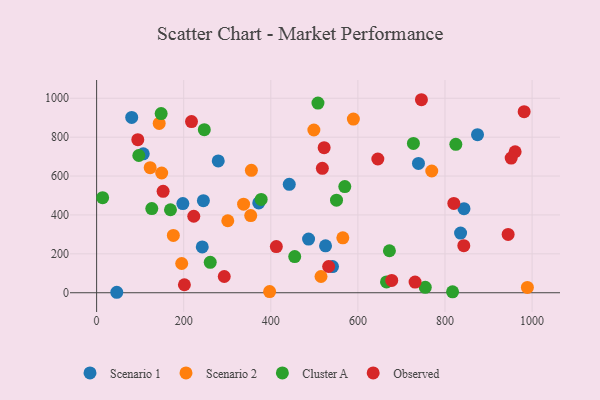
{"axis": {"x": "Engine Size", "y": "Fuel Efficiency"}, "legend": ["Cluster A", "Observed", "Scenario 1", "Scenario 2"], "data": [{"x": "245.2", "y": 473.3, "type": "Scenario 1"}, {"x": "739.1", "y": 664.9, "type": "Scenario 1"}, {"x": "80.6", "y": 901.4, "type": "Scenario 1"}, {"x": "843.6", "y": 432.5, "type": "Scenario 1"}, {"x": "486.7", "y": 275.8, "type": "Scenario 1"}, {"x": "107.1", "y": 714.3, "type": "Scenario 1"}, {"x": "372.3", "y": 461.7, "type": "Scenario 1"}, {"x": "279.3", "y": 677.6, "type": "Scenario 1"}, {"x": "198.0", "y": 458.4, "type": "Scenario 1"}, {"x": "835.8", "y": 306.9, "type": "Scenario 1"}, {"x": "442.4", "y": 557.7, "type": "Scenario 1"}, {"x": "242.6", "y": 235.7, "type": "Scenario 1"}, {"x": "874.7", "y": 812.6, "type": "Scenario 1"}, {"x": "541.7", "y": 134.6, "type": "Scenario 1"}, {"x": "525.7", "y": 241.4, "type": "Scenario 1"}, {"x": "46.3", "y": 2.4, "type": "Scenario 1"}, {"x": "589.6", "y": 893.2, "type": "Scenario 2"}, {"x": "565.4", "y": 282.4, "type": "Scenario 2"}, {"x": "176.2", "y": 294.5, "type": "Scenario 2"}, {"x": "397.3", "y": 5.9, "type": "Scenario 2"}, {"x": "515.3", "y": 83.5, "type": "Scenario 2"}, {"x": "195.4", "y": 150.4, "type": "Scenario 2"}, {"x": "301.2", "y": 370.1, "type": "Scenario 2"}, {"x": "143.7", "y": 870.8, "type": "Scenario 2"}, {"x": "355.4", "y": 629.6, "type": "Scenario 2"}, {"x": "769.6", "y": 625.9, "type": "Scenario 2"}, {"x": "337.5", "y": 455.4, "type": "Scenario 2"}, {"x": "149.4", "y": 615.6, "type": "Scenario 2"}, {"x": "353.9", "y": 396.9, "type": "Scenario 2"}, {"x": "123.0", "y": 643.2, "type": "Scenario 2"}, {"x": "498.9", "y": 836.9, "type": "Scenario 2"}, {"x": "989.2", "y": 27.4, "type": "Scenario 2"}, {"x": "727.5", "y": 767.9, "type": "Cluster A"}, {"x": "169.6", "y": 426.7, "type": "Cluster A"}, {"x": "377.9", "y": 480.0, "type": "Cluster A"}, {"x": "247.3", "y": 838.6, "type": "Cluster A"}, {"x": "824.9", "y": 763.4, "type": "Cluster A"}, {"x": "508.3", "y": 975.3, "type": "Cluster A"}, {"x": "817.4", "y": 4.7, "type": "Cluster A"}, {"x": "550.9", "y": 476.0, "type": "Cluster A"}, {"x": "665.7", "y": 55.5, "type": "Cluster A"}, {"x": "96.9", "y": 705.7, "type": "Cluster A"}, {"x": "754.7", "y": 27.9, "type": "Cluster A"}, {"x": "260.9", "y": 156.6, "type": "Cluster A"}, {"x": "454.9", "y": 186.1, "type": "Cluster A"}, {"x": "13.8", "y": 488.7, "type": "Cluster A"}, {"x": "672.4", "y": 215.9, "type": "Cluster A"}, {"x": "148.2", "y": 921.3, "type": "Cluster A"}, {"x": "569.9", "y": 545.7, "type": "Cluster A"}, {"x": "126.7", "y": 432.6, "type": "Cluster A"}, {"x": "945.0", "y": 299.8, "type": "Observed"}, {"x": "677.7", "y": 63.1, "type": "Observed"}, {"x": "201.6", "y": 41.1, "type": "Observed"}, {"x": "518.4", "y": 639.5, "type": "Observed"}, {"x": "961.1", "y": 724.9, "type": "Observed"}, {"x": "820.3", "y": 459.1, "type": "Observed"}, {"x": "412.7", "y": 237.3, "type": "Observed"}, {"x": "745.9", "y": 992.5, "type": "Observed"}, {"x": "223.1", "y": 393.2, "type": "Observed"}, {"x": "94.6", "y": 787.2, "type": "Observed"}, {"x": "731.3", "y": 54.8, "type": "Observed"}, {"x": "532.8", "y": 134.9, "type": "Observed"}, {"x": "952.0", "y": 692.6, "type": "Observed"}, {"x": "522.5", "y": 745.8, "type": "Observed"}, {"x": "981.8", "y": 931.0, "type": "Observed"}, {"x": "217.9", "y": 879.9, "type": "Observed"}, {"x": "293.1", "y": 83.4, "type": "Observed"}, {"x": "152.7", "y": 521.4, "type": "Observed"}, {"x": "843.2", "y": 242.1, "type": "Observed"}, {"x": "645.8", "y": 687.8, "type": "Observed"}]}